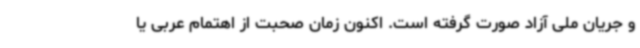
و جریان ملی آزاد صورت گرفته است. اکنون زمان صحبت از اهتمام عربی یا